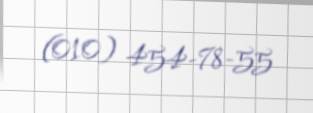
(010) 454-78-55